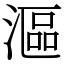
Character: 漚